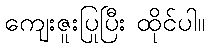
ကျေးဇူးပြုပြီး ထိုင်ပါ။